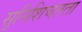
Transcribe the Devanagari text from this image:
सुनिशिचतता